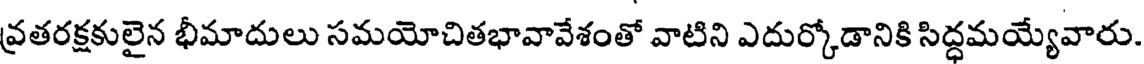
వ్రతరక్షకులైన భీమాదులు సమయోచితభావావేశంతో వాటిని ఎదుర్కోడానికి సిద్ధమయ్యేవారు.